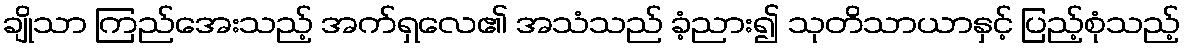
ချိုသာ ကြည်အေးသည့် အက်ရှလေ၏ အသံသည် ခံ့ညား၍ သုတိသာယာနှင့် ပြည့်စုံသည့်